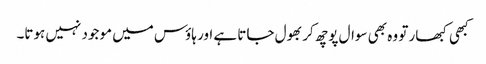
کبھی کبھار تو وہ بھی سوال پوچھ کر بھول جاتا ہے اور ہاؤس میں موجود نہیں ہوتا۔